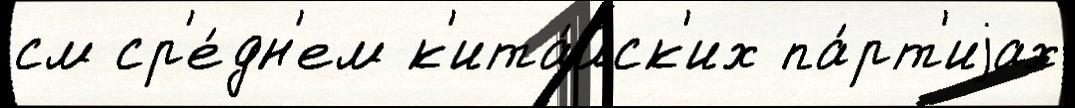
см ср'е́дн'ем к'ита́йск'их па́рт'иjах